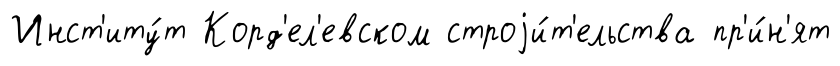
Инст'иту́т Корд'ел'евском строjи́т'ельства пр'и́н'ят